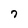
Character: 7